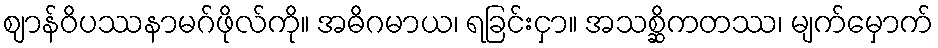
ဈာန်ဝိပဿနာမဂ်ဖိုလ်ကို။ အဓိဂမာယ၊ ရခြင်းငှာ။ အသစ္ဆိကတဿ၊ မျက်မှောက်